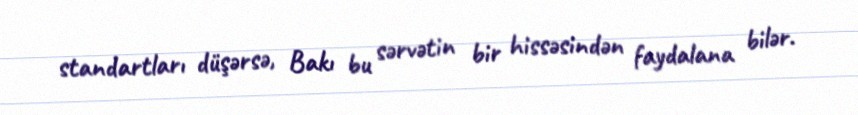
standartları düşərsə, Bakı bu sərvətin bir hissəsindən faydalana bilər.